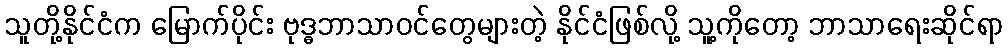
သူတို့နိုင်ငံက မြောက်ပိုင်း ဗုဒ္ဓဘာသာဝင်တွေများတဲ့ နိုင်ငံဖြစ်လို့ သူ့ကိုတော့ ဘာသာရေးဆိုင်ရာ